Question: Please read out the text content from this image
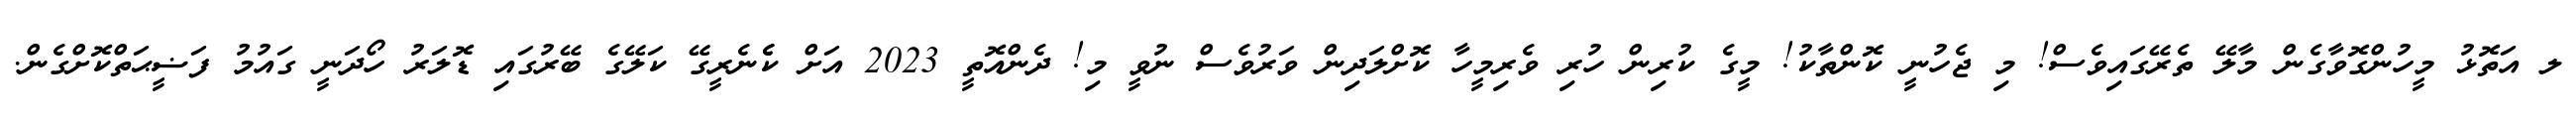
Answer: ލ އަތޮޅު މީހުންގޮވާގެން މާލޭ ތެރޭގައިވެސް! މި ޖެހުނީ ކޮންތާކު! މީގެ ކުރިން ހުރި ވެރިމީހާ ކޮށްލަދިން ވަރުވެސް ނުވީ މި! ދެންއޮތީ 2023 އަށް ކެެނެރީގޭ ކަލޭގެ ބޭރުގައި ޑޮލަރު ހޯދަނީ ގައުމު ފަޟީޙަތްކޮށްގެން.